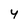
Character: 4